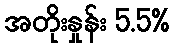
အတိုးနှုန်း 5.5%